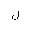
Letter: _lam